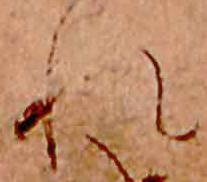
れ